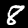
Label: 8